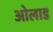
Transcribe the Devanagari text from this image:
ओलाड